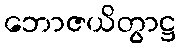
ဘောဇယိတွာဋ္ဌ